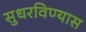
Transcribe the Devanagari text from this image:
सुधरविण्यास